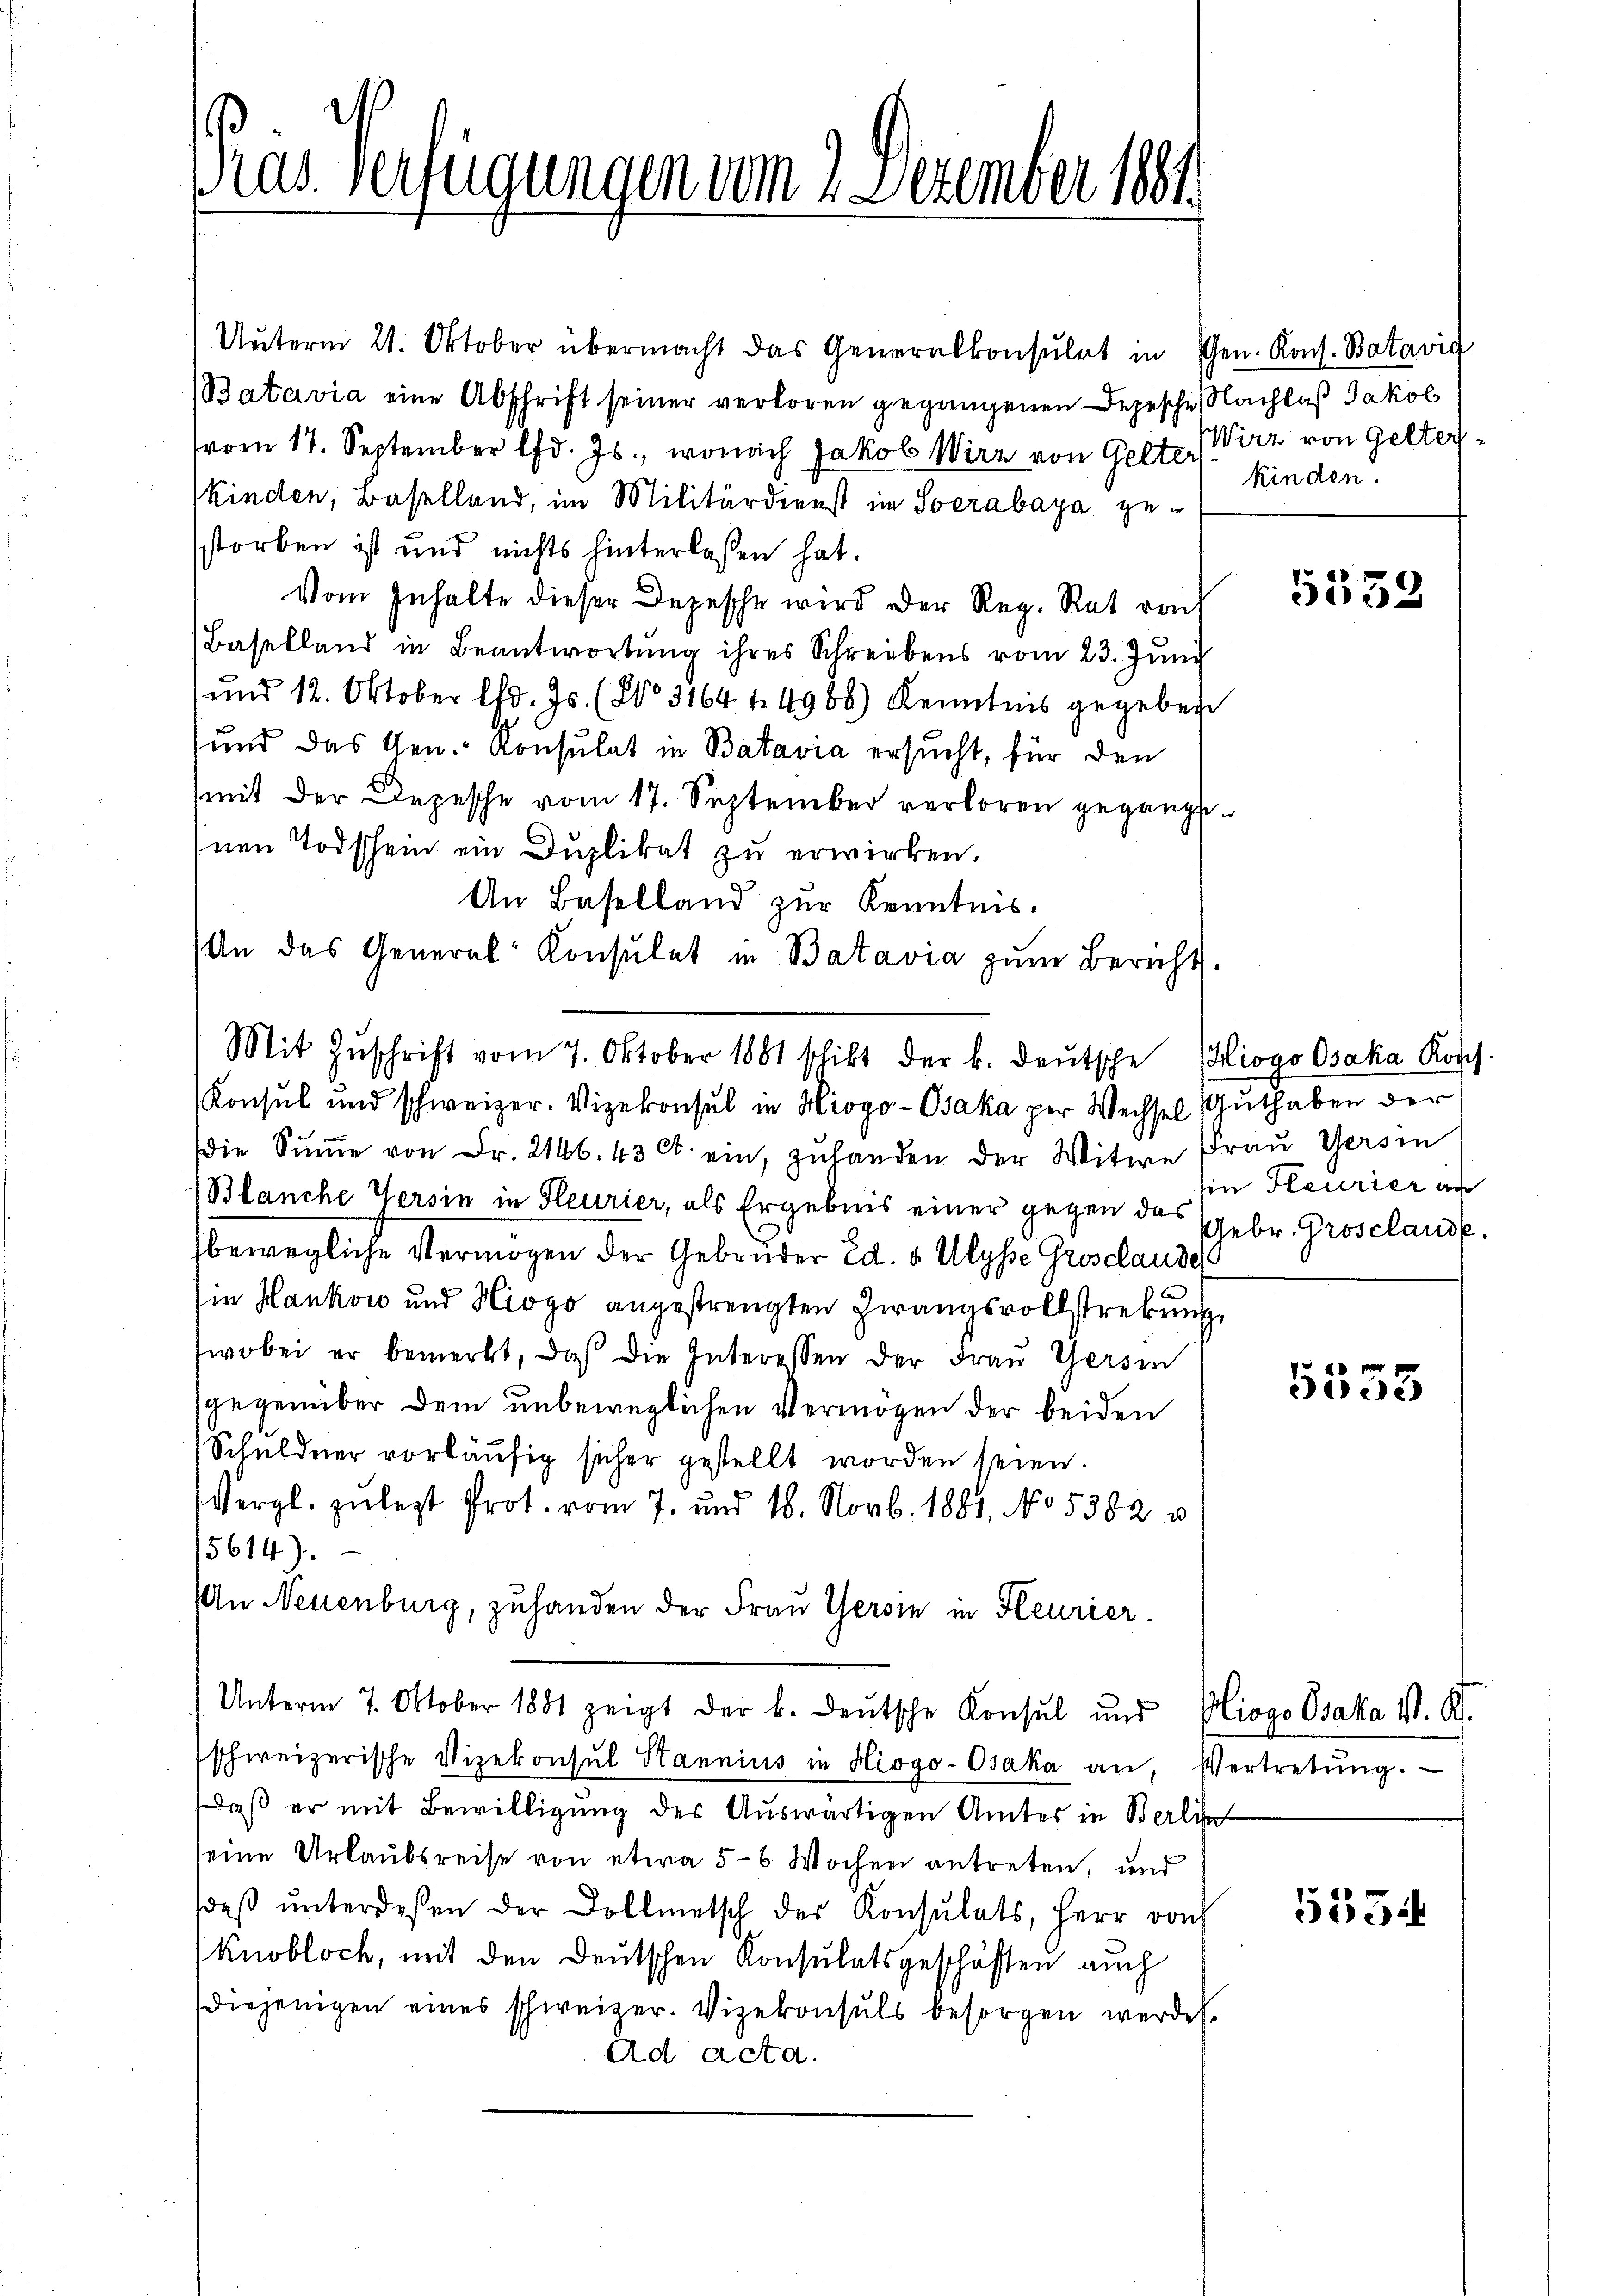
Pras Verfügungen vom 2. Dezember 1881

Unterm 21. Oktober übermacht das Generalkonsulat in Gen. Kons. Batavig
Batavia eine Abschrift seiner verloren gegangenen Depesche Nachlaß Jakob
vom 17. September lfd. Js., wonach Jakob Wirz von Gelte. (Wirz von Gelterkinden, Baselland, im Militärdienst im Socrabaya gestorben ist und nichts hinterlassen hat.
Vom Inhalte dieser Depesche wird der Reg. Rat rach
Baselland in Beantwortŭng ihres Schreibens vom 23. Jŭni
und 12. Oktober lfd. Js. (No 3164 f. 4986) Kenntnis gegeben
und das Gen.- Konsulat in Batavia ersucht, für den
mit der Depesche vom 17. September verloren gegang
Inen Todschein ein Duplikat zu erwirken.
An Baselland zur Kenntnis.
An das General-Consulat in Batavia zum Bericht
die Summe von Fr. 2146. 43 C. ein, zuhanden der Witwe
Blanche Versin in Fleurier, als Ergebnis einer gegen das
bewegliche Vermögen der Gebrüder Ed. v. Ulysser Gradauss
sie Hankow und Hiogo angestrengten Zwangsvollstrebung
wobei er bemerkt, daß die Interessen der Frau Gersin
sgegenüber dem unbeweglichen Vermögen der beiden
Schuldner vorläufig sicher gestellt worden seien.
Vergl. zulezt Prot. vom 7. und 18. Novb. 1881, No. 5382 u
15614).
An Neuenburg, zuhanden der Frau Gersin in Heurier.
Unterm 7. Oktober 1881 zeigt der k. deŭtsche Konsul und Biogo Osaka V. R.
schweizerische Vizekonsul Stannius in Hiogo-Osaka an, Vertretŭng.
Daß er mit Bewilligung des Auswärtigen Amtes in Berlin
seine Urlaubsreise von etwa 5-6 Wochen antreten, und
deβ ŭnterdeßen der Dollmetsch des Konsulats, Herr von
Knobloch, mit den Deutschen Konsulatsgeschäften auch
diejenigen eines schweizer. Vizekonsuls besorgen werden.
Ad acta.

Mit Zŭschrift vom 7. Oktober 1881 schikt der k. deŭtsche Biogo Osaka Kosch.
Konsul und schweizer. Vizekonsul in Hiogo-Osaka per Wechsel

kinden.

d

5552

Guthaben der
Frau Gersin
in Feurier an
Gebr. Grosclause.

5533

5534